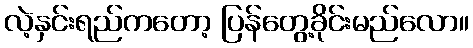
လဲ့နှင်းရည်ကတော့ ပြန်တွေ့ခိုင်းမည်လော။